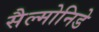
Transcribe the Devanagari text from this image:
सैल्मोनिडे